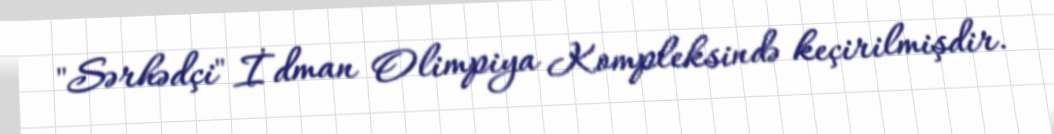
"Sərhədçi" İdman Olimpiya Kompleksində keçirilmişdir.